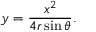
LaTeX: y = { \frac { x ^ { 2 } } { 4 r \sin \theta } } .